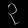
Digit: ၃